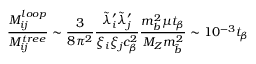
{ \frac { M _ { i j } ^ { l o o p } } { M _ { i j } ^ { t r e e } } } \sim { \frac { 3 } { 8 \pi ^ { 2 } } } { \frac { \tilde { \lambda } _ { i } ^ { \prime } \tilde { \lambda } _ { j } ^ { \prime } } { \xi _ { i } \xi _ { j } c _ { \beta } ^ { 2 } } } { \frac { m _ { b } ^ { 2 } \mu t _ { \beta } } { M _ { Z } m _ { \tilde { b } } ^ { 2 } } } \sim 1 0 ^ { - 3 } t _ { \beta }